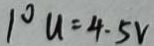
1 ^ { \circ } u = 4 . 5 V